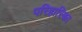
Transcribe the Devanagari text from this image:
परिहारिका